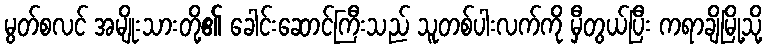
မွတ်စလင် အမျိုးသားတို့၏ ခေါင်းဆောင်ကြီးသည် သူတစ်ပါးလက်ကို မှီတွယ်ပြီး ကရာချိမြို့သို့